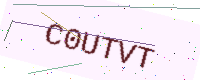
Text: C0UTVT